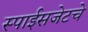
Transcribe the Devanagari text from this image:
स्पाईसजेटचे